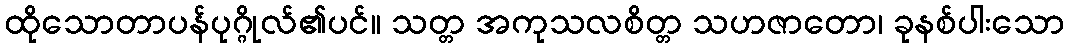
ထိုသောတာပန်ပုဂ္ဂိုလ်၏ပင်။ သတ္တ အကုသလစိတ္တ သဟဇာတော၊ ခုနစ်ပါးသော